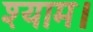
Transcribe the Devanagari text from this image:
श्याम।